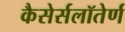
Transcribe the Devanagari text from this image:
कैसेर्सलॉतेर्ण